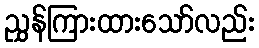
ညွှန်ကြားထားသော်လည်း